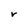
Character: r